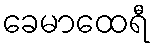
ခေမာထေရီ